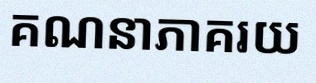
គណនាភាគរយ